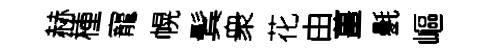
赫㮔寵幌鬂衆花由薑氎嶇